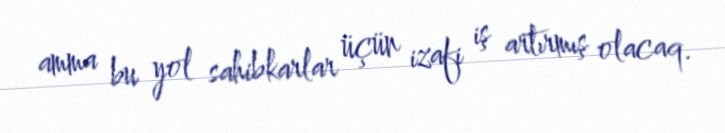
amma bu yol sahibkarlar üçün izafi iş artırmış olacaq.